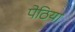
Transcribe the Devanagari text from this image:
पेठिया